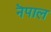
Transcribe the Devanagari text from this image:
नॆपाल